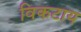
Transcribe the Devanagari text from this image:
विकटाय